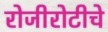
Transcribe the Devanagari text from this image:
रोजीरोटीचे